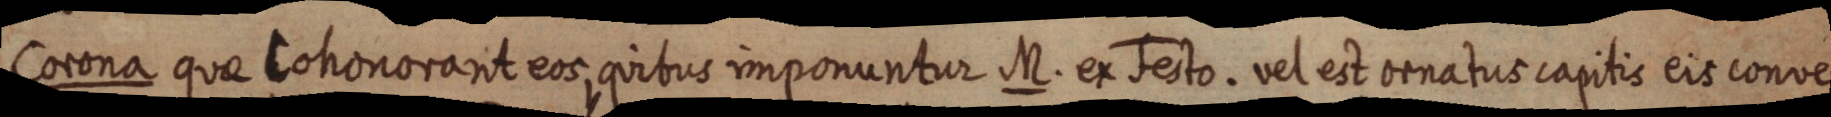
Corona quae Cohonorant eos, quibus imponuntur M. ex Festo. vel est ornatus capitis eis conve